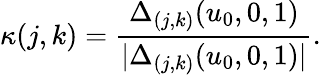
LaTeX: \kappa(j,k)={\frac{\Delta_{(j,k)}(u_{0},0,1)}{|\Delta_{(j,k)}(u_{0},0,1)|}}.